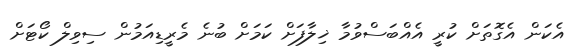
އެކަން އެގޮތަށް ކުރީ އެއްބަސްވުމާ ޚިލާފަށް ކަމަށް ބުނެ މެރީޑިއަމުން ސިވިލް ކޯޓަށް